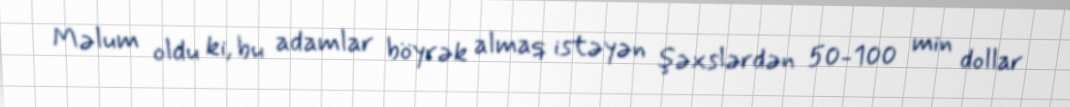
Məlum oldu ki, bu adamlar böyrək almaq istəyən şəxslərdən 50-100 min dollar